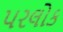
પરલોક